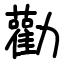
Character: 勸